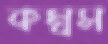
কম্বস